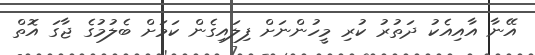
އޭނާ އާއިއެކު ދަތުރު ކުރި މީހުންނަށް ފިލައިގެން ކަމަށް ބެލުމުގެ ޖާގަ އޮތް